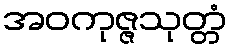
အဝကုဇ္ဇသုတ္တံ